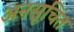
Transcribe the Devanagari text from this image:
अनसूचित